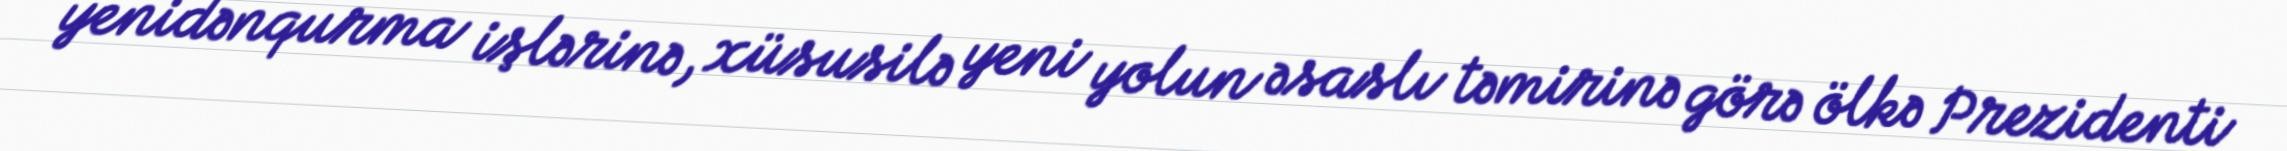
yenidənqurma işlərinə, xüsusilə yeni yolun əsaslı təmirinə görə ölkə Prezidenti